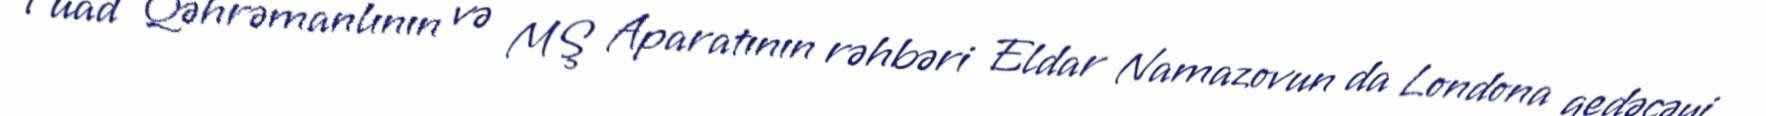
Fuad Qəhrəmanlının və MŞ Aparatının rəhbəri Eldar Namazovun da Londona gedəcəyi